65_HS1-834228961_62-HQ-83894_Section_5
Agency: FBI
Page 129
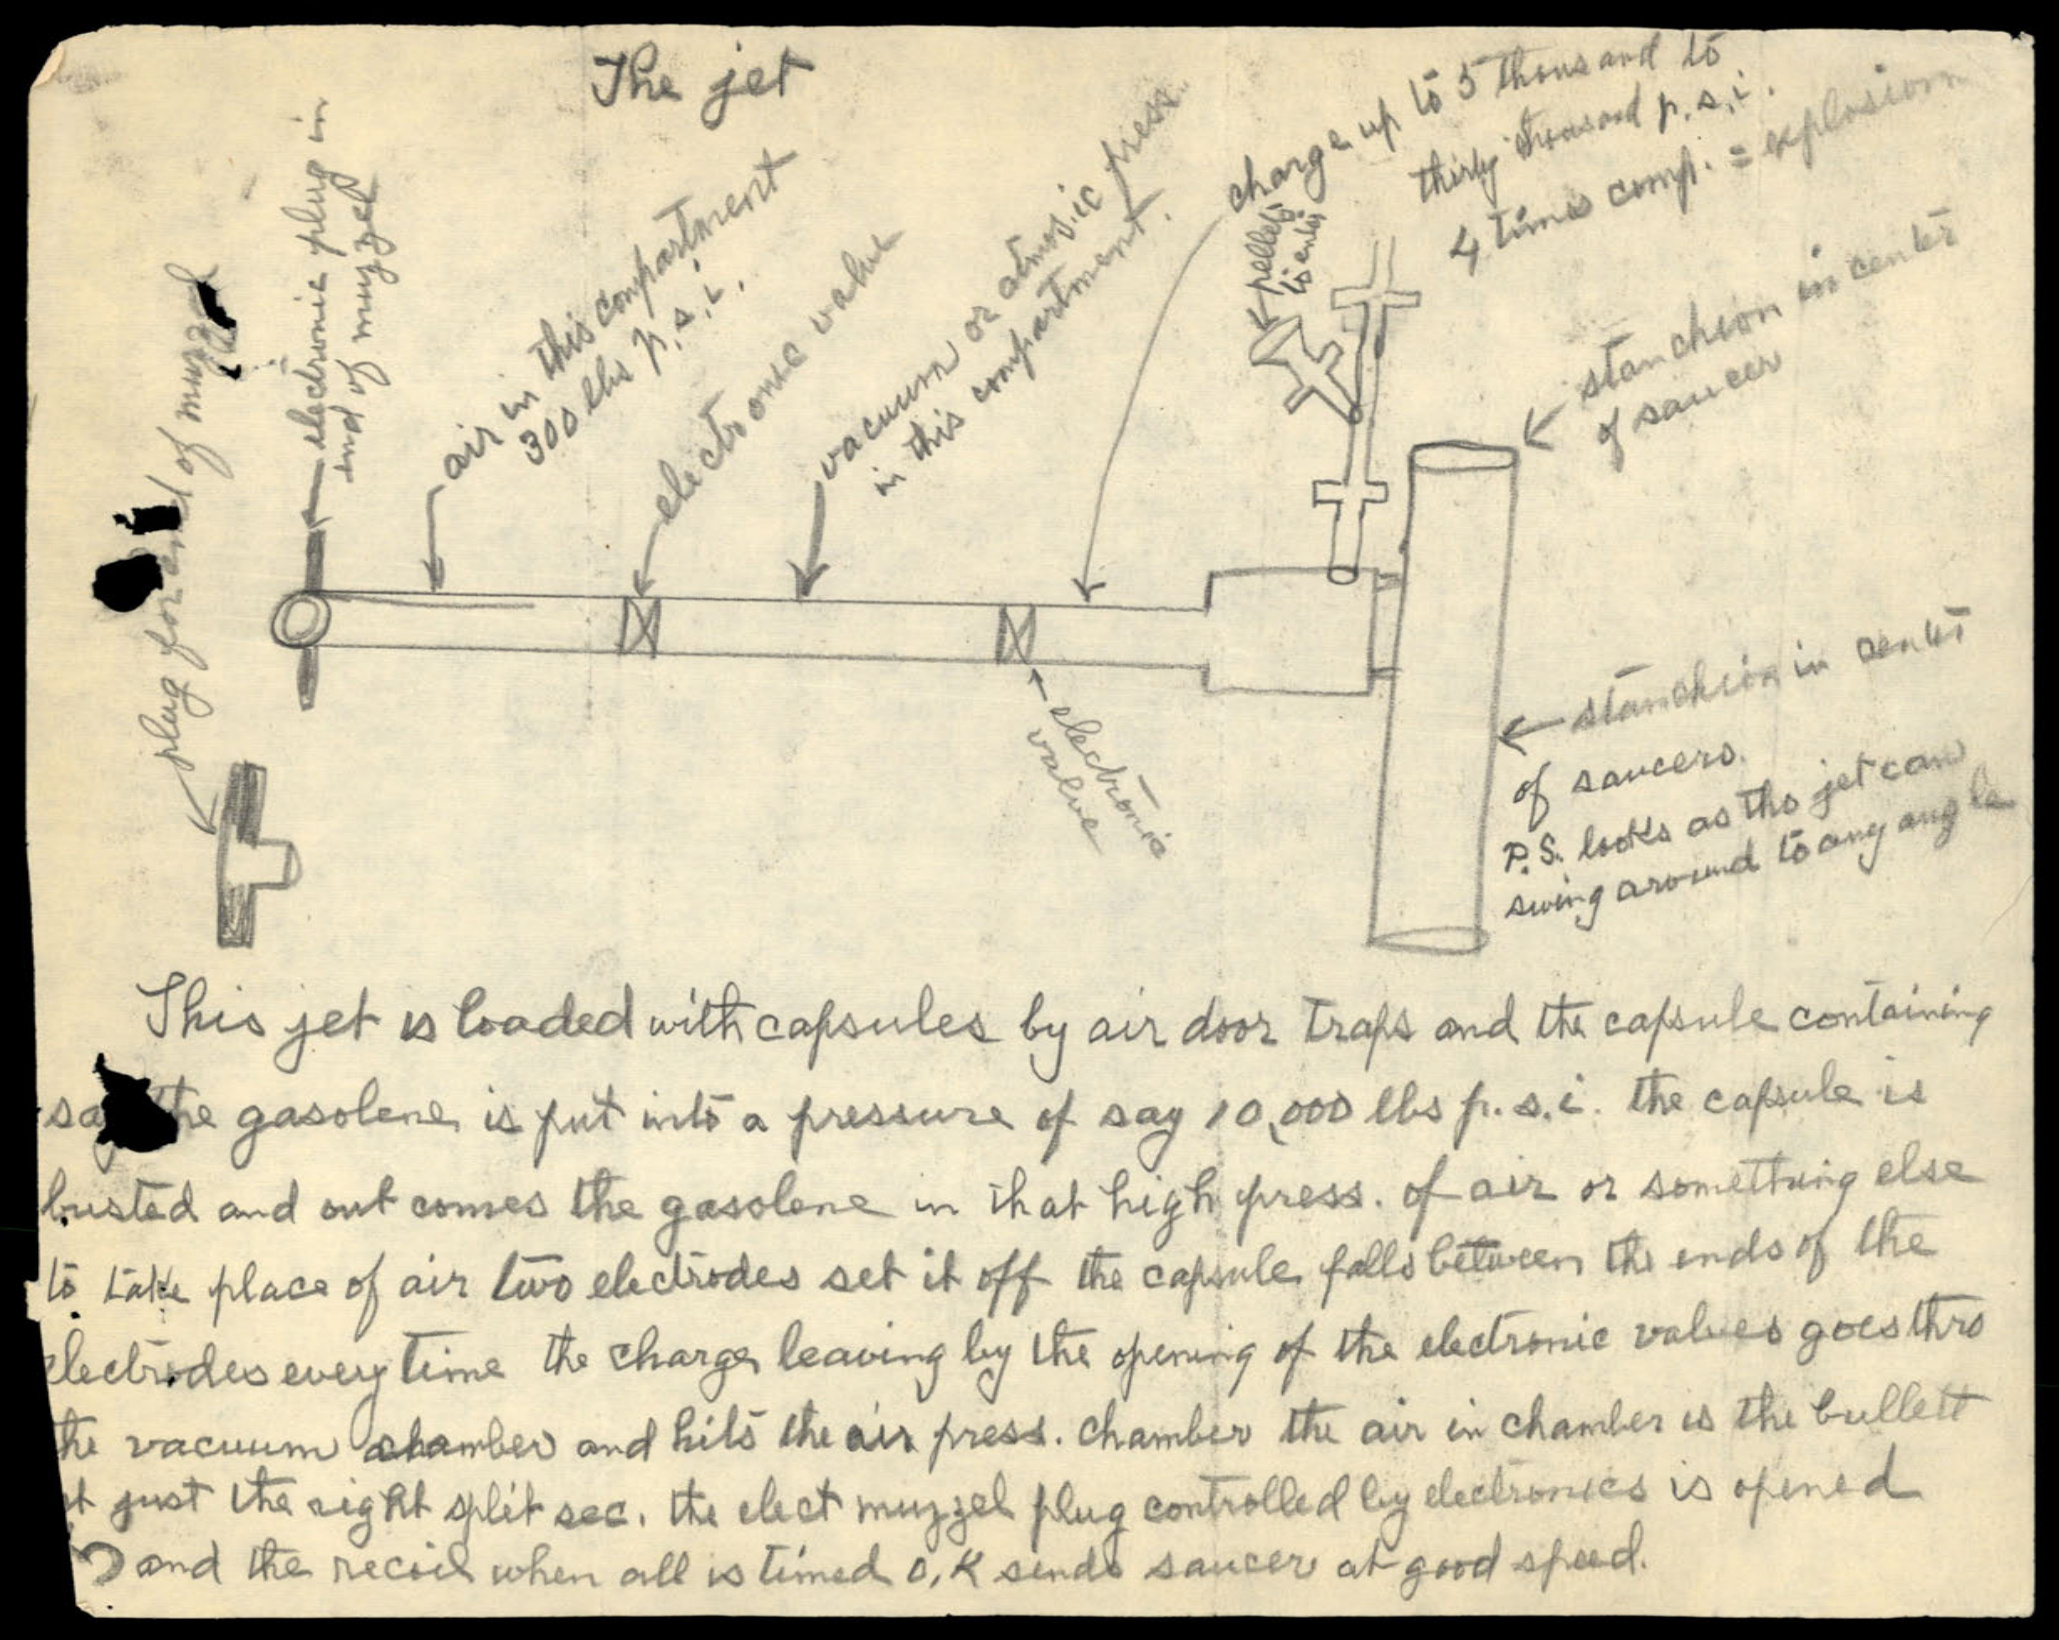